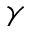
\gamma